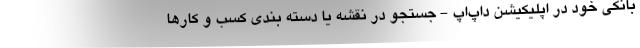
بانکی خود در اپلیکیشن داپ‌اَپ - جستجو در نقشه یا دسته بندی کسب و کارها